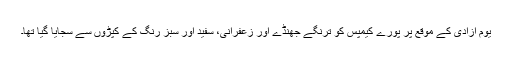
یوم آزادی کے موقع پر پورے کیمپس کو ترنگے جھنڈے اور زعفرانی، سفید اور سبز رنگ کے کپڑوں سے سجایا گیا تھا۔